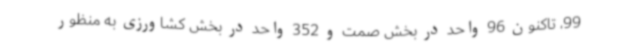
99، تاکنون 96 واحد در بخش صمت و 352 واحد در بخش کشاورزی به منظور